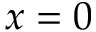
x = 0